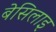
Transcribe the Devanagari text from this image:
बेसिलाइ